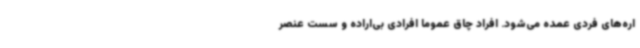
اره‌های فردی عمده می‌شود. افراد چاق عموماً افرادی بی‌اراده و سست عنصر